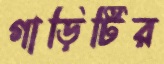
গাড়িটির